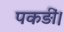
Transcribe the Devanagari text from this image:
पकड़ीं।